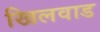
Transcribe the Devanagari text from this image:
खिलवाड